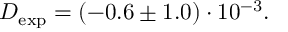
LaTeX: D _ { \mathrm { e x p } } = ( - 0 . 6 \pm 1 . 0 ) \cdot 1 0 ^ { - 3 } .